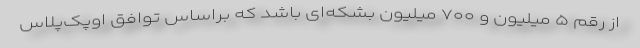
از رقم ۵ میلیون و ۷۰۰ میلیون بشکه‌ای باشد که براساس توافق اوپک‌پلاس